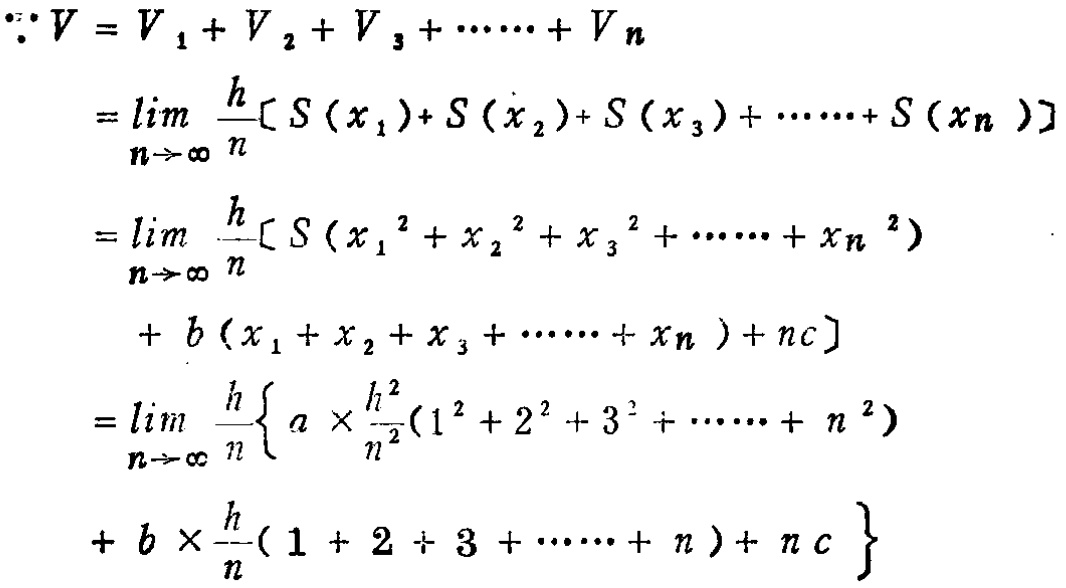
\[
\begin{align*}
\because V&=V_1 + V_2+V_3+\cdots\cdots + V_n\\
&=\lim_{n \to \infty}\frac{h}{n}[S(x_1)+S(x_2)+S(x_3)+\cdots\cdots + S(x_n)]\\
&=\lim_{n \to \infty}\frac{h}{n}[S(x_1^2 + x_2^2+x_3^2+\cdots\cdots + x_n^2)\\
&\quad + b(x_1 + x_2+x_3+\cdots\cdots + x_n)+nc]\\
&=\lim_{n \to \infty}\frac{h}{n}\left\{a\times\frac{h^2}{n^2}(1^2 + 2^2+3^2+\cdots\cdots + n^2)\right.\\
&\quad\left.+b\times\frac{h}{n}(1 + 2+3+\cdots\cdots + n)+nc\right\}
\end{align*}
\]